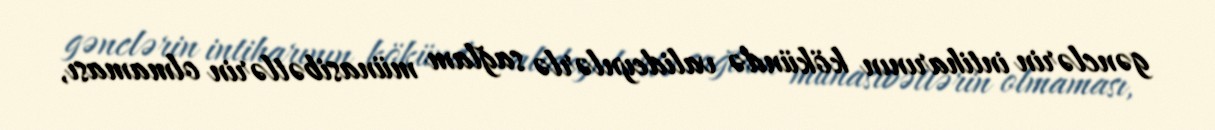
gənclərin intiharının kökündə valideynlərlə sağlam münasibətlərin olmaması,